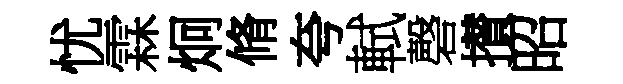
忧霖炯脩夸軾磬攅昭